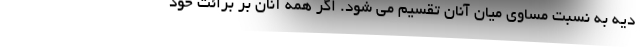
دیه به نسبت مساوی میان آنان تقسیم می شود. اگر همه آنان بر برائت خود